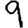
Digit: 9